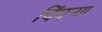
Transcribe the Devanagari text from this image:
पिंपऱ्या